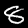
Digit: 8